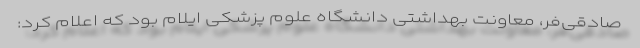
صادقی‌فر، معاونت بهداشتی دانشگاه علوم پزشکی ایلام بود که اعلام کرد: